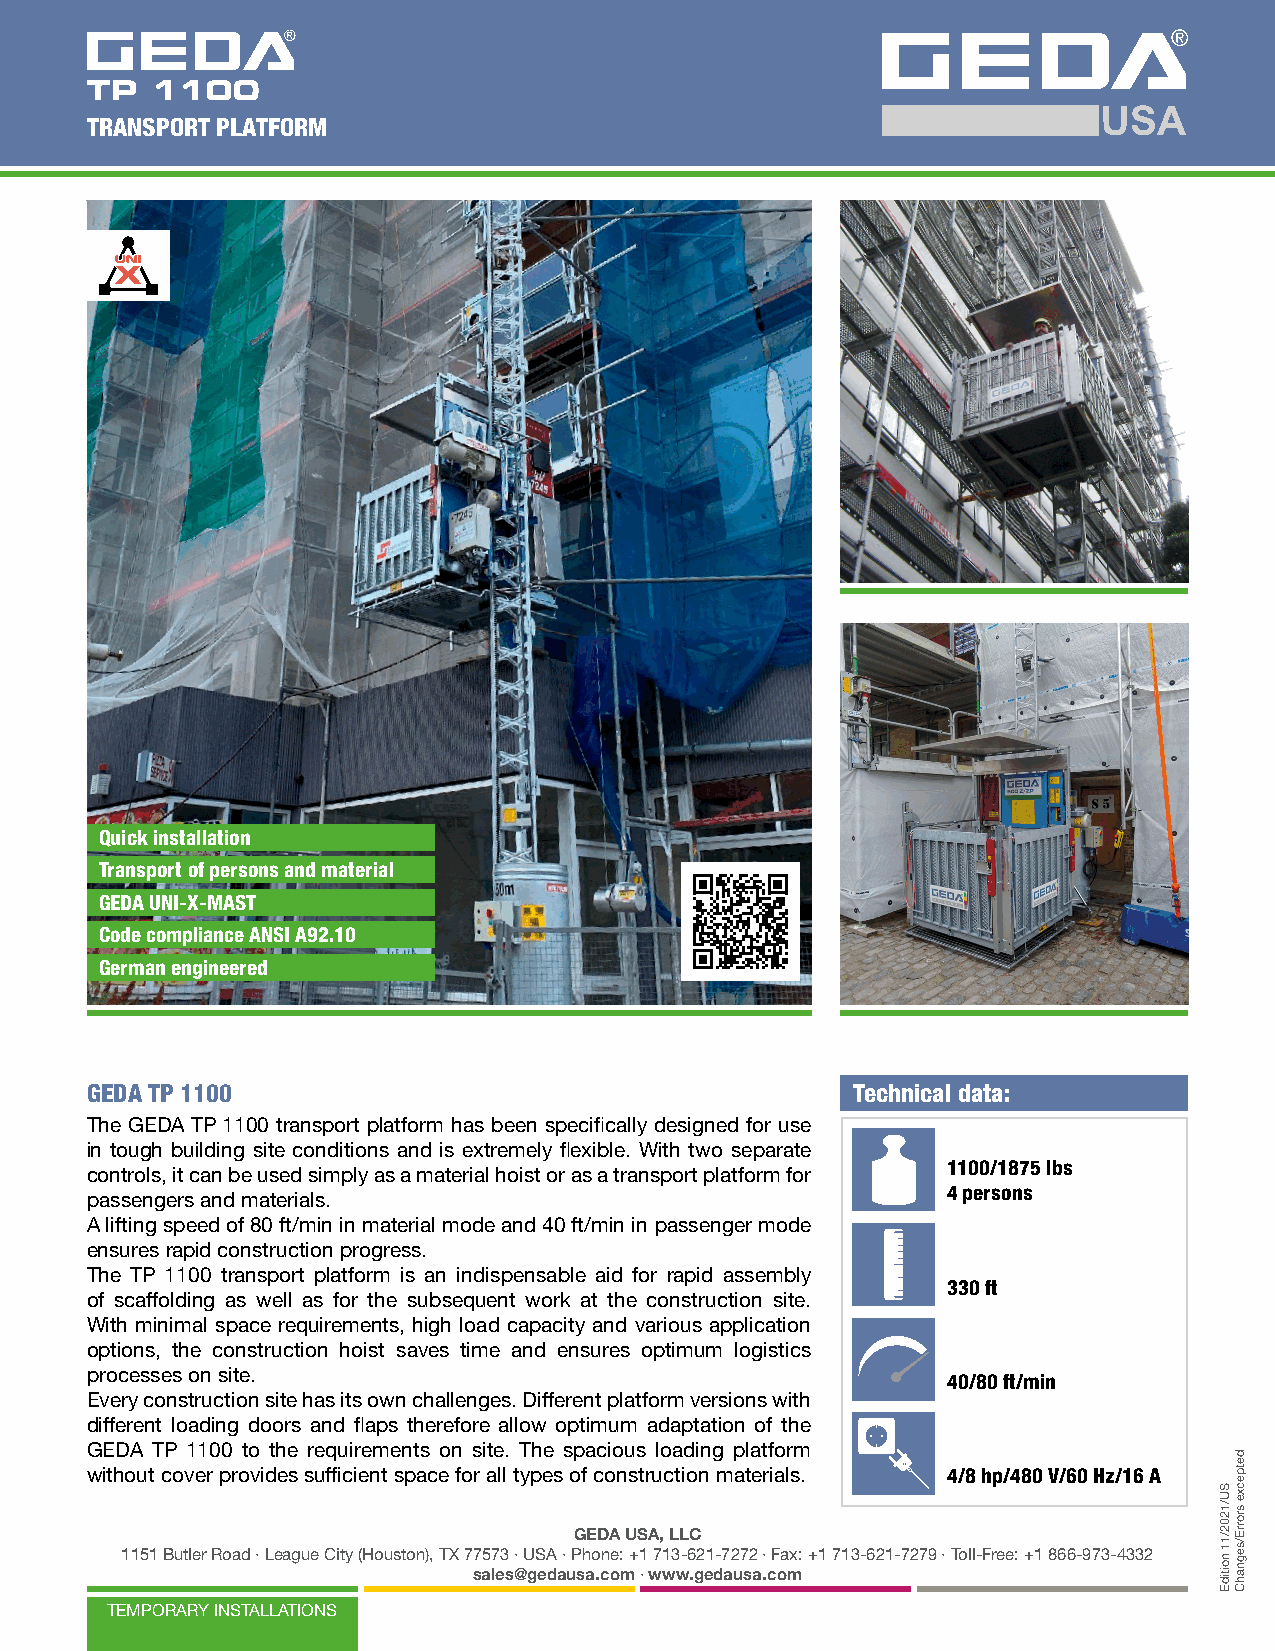
TRANSPORT PLATFORM
 Quick installation
 Transport of persons and material
 GEDA UNI-X-MAST
 Code compliance ANSI A92.10
 German engineered
 GEDA TP 1100                                      Technical data:
 The GEDA TP 1100 transport platform has been specifically designed for use
 in tough building site conditions and is extremely flexible. With two separate
 1100/1875 lbs
 controls, it can be used simply as a material hoist or as a transport platform for
 4 persons
 passengers and materials.
 A lifting speed of 80 ft/min in material mode and 40 ft/min in passenger mode
 ensures rapid construction progress.
 The TP 1100 transport platform is an indispensable aid for rapid assembly
 330 ft
 of scaffolding as well as for the subsequent work at the construction site.
 With minimal space requirements, high load capacity and various application
 options, the construction hoist saves time and ensures optimum logistics
 processes on site.
 40/80 ft/min
 Every construction site has its own challenges. Different platform versions with
 different loading doors and flaps therefore allow optimum adaptation of the
 GEDA TP 1100 to the requirements on site. The spacious loading platform
 without cover provides sufficient space for all types of construction materials. 4/8 hp/480 V/60 Hz/16 A
 GEDA USA, LLC
 1151 Butler Road · League City (Houston), TX 77573 · USA · Phone: +1 713-621-7272 · Fax: +1 713-621-7279 · Toll-Free: +1 866-973-4332
 sales@gedausa.com · www.gedausa.com
 TEMPORARY INSTALLATIONS
 SU/1202/11
 noitidE
 detpecxe
 srorrE/segnahC